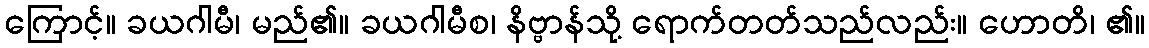
ကြောင့်။ ခယဂါမီ၊ မည်၏။ ခယဂါမီစ၊ နိဗ္ဗာန်သို့ ရောက်တတ်သည်လည်း။ ဟောတိ၊ ၏။